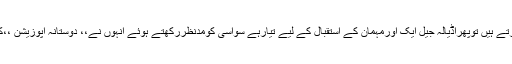
اگروہ جارحانہ اپوزیشن کرتے ہیں توپھراڈیالہ جیل ایک اورمہمان کے استقبال کے لیے تیارہے سواسی کومدنظررکھتے ہوئے انہوں نے،، دوستانہ اپوزیشن ،،کے کردارکافیصلہ کیاہے ۔